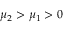
\mu _ { 2 } > \mu _ { 1 } > 0